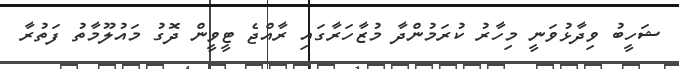
ޝަހީބު ވިދާޅުވަނީ މިހާރު ކުރަމުންދާ މުޒާހަރާގައި ރާއްޖެ ޓީވީން ދޮގު މައުލޫމާތު ފަތުރާ